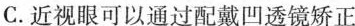
C.近视眼可以通过配戴凹透镜矫正